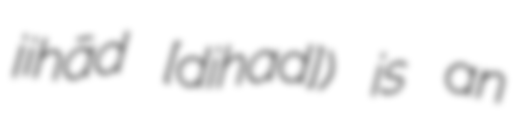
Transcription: jihād [dʒiˈhaːd]) is an